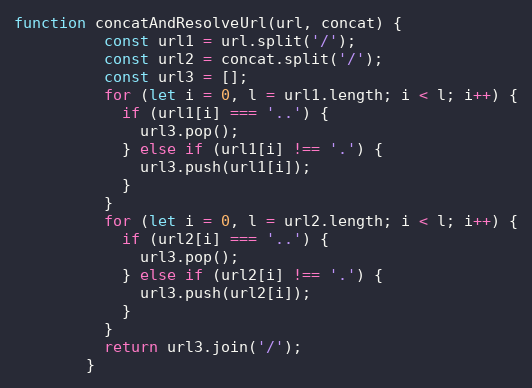
Language: JavaScript
function concatAndResolveUrl(url, concat) {
          const url1 = url.split('/');
          const url2 = concat.split('/');
          const url3 = [];
          for (let i = 0, l = url1.length; i < l; i++) {
            if (url1[i] === '..') {
              url3.pop();
            } else if (url1[i] !== '.') {
              url3.push(url1[i]);
            }
          }
          for (let i = 0, l = url2.length; i < l; i++) {
            if (url2[i] === '..') {
              url3.pop();
            } else if (url2[i] !== '.') {
              url3.push(url2[i]);
            }
          }
          return url3.join('/');
        }